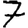
Digit: 7